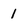
Character: 1